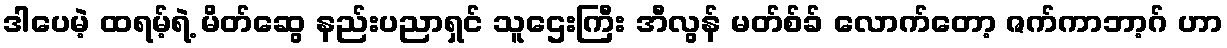
ဒါပေမဲ့ ထရမ့်ရဲ့ မိတ်ဆွေ နည်းပညာရှင် သူဌေးကြီး အီလွန် မတ်စ်ခ် လောက်တော့ ဇက်ကာဘာ့ဂ် ဟာ